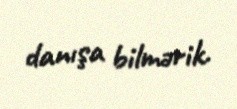
danışa bilmərik.